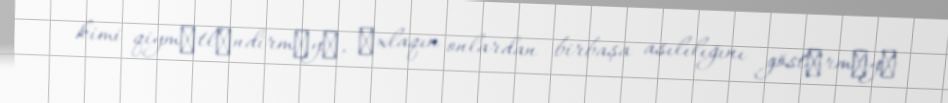
kimi qiymәtlәndirmәyә, әxlaqın onlardan birbaşa asılılığını göstәrmәyә